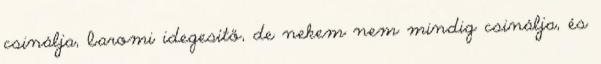
csinálja, baromi idegesítő, de nekem nem mindig csinálja, és